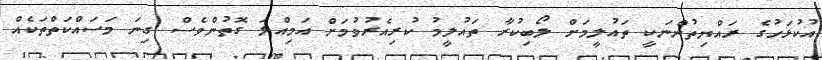
އުކުޅަހުގެ ރައްޔިތުންނަކީ ތައުލީމަށް ލޯބިކުރާ ތައުލީމު ކުރިއެރުވުމަށް އަމިއްލަ ގޮތުންވެސް ގިނަ މަސައްކަތްތަކެއް